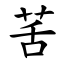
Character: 䒷